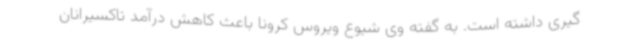
گیری داشته است. به گفته وی شیوع ویروس کرونا باعث کاهش درآمد تاکسیرانان